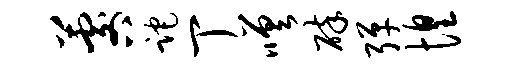
晷跎丁嗟碎弹惶